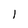
Character: l